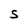
Character: S